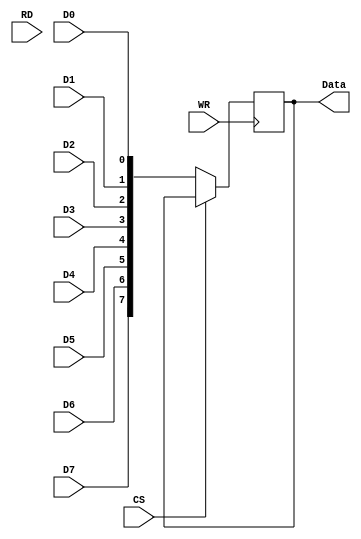
module Data_Buffer(D0,D1,D2,D3,D4,D5,D6,D7,Data,WR,RD,CS);
  
  input WR,RD,CS;
  
  input D0,D1,D2,D3,D4,D5,D6,D7;
  
  output reg[7:0]Data;
  
  //assign Data = ((~WR & ~CS) ==1) ? {D7,D6,D5,D4,D3,D2,D1,D0}:0;
  always@(negedge WR) begin
      if(CS==0) begin
        Data <= {D7,D6,D5,D4,D3,D2,D1,D0};
      end
    else
      Data <= Data; 
  end
  
 
endmodule